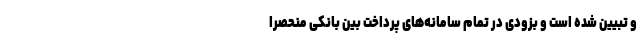
و تبیین شده است و بزودی در تمام سامانه‌های پرداخت بین بانکی منحصراً